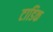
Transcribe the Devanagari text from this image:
टाडिक